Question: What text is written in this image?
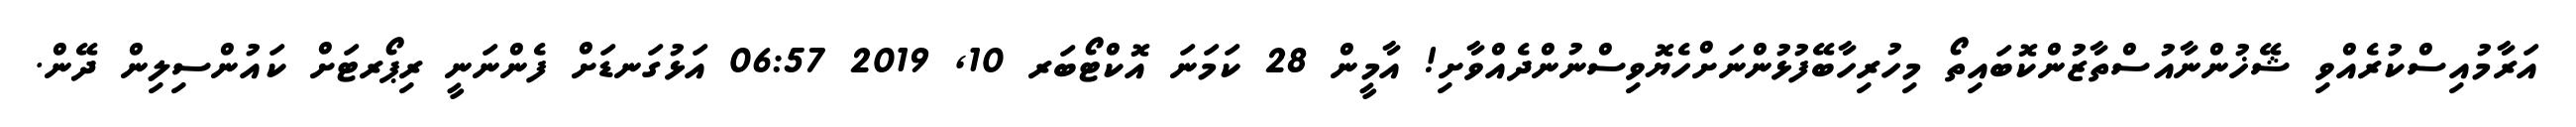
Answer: އަރާމުއިސްކުރެއްވި ޝޭޚުންނާއުސްތާޒުންކޮބައިތޯ މިހުރިހާބޭފުޅުންނަށްހެޔޮވިސްނުންދެއްވާށި! އާމީން 28 ކަމަނަ އޮކްޓޯބަރ 10, 2019 06:57 އަޅުގަނޑަށް ފެންނަނީ ރިޕޯރޓަށް ކައުންސިލިން ދޭން.